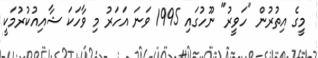
މީގެ އިތުރުން "ހަވީރު" ނޫހުގައި 1995 ވަނަ އަހަރު މި ވާހަކަ ޝާއިއުކުރުމަކީ